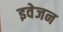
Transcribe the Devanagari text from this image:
इवेजन